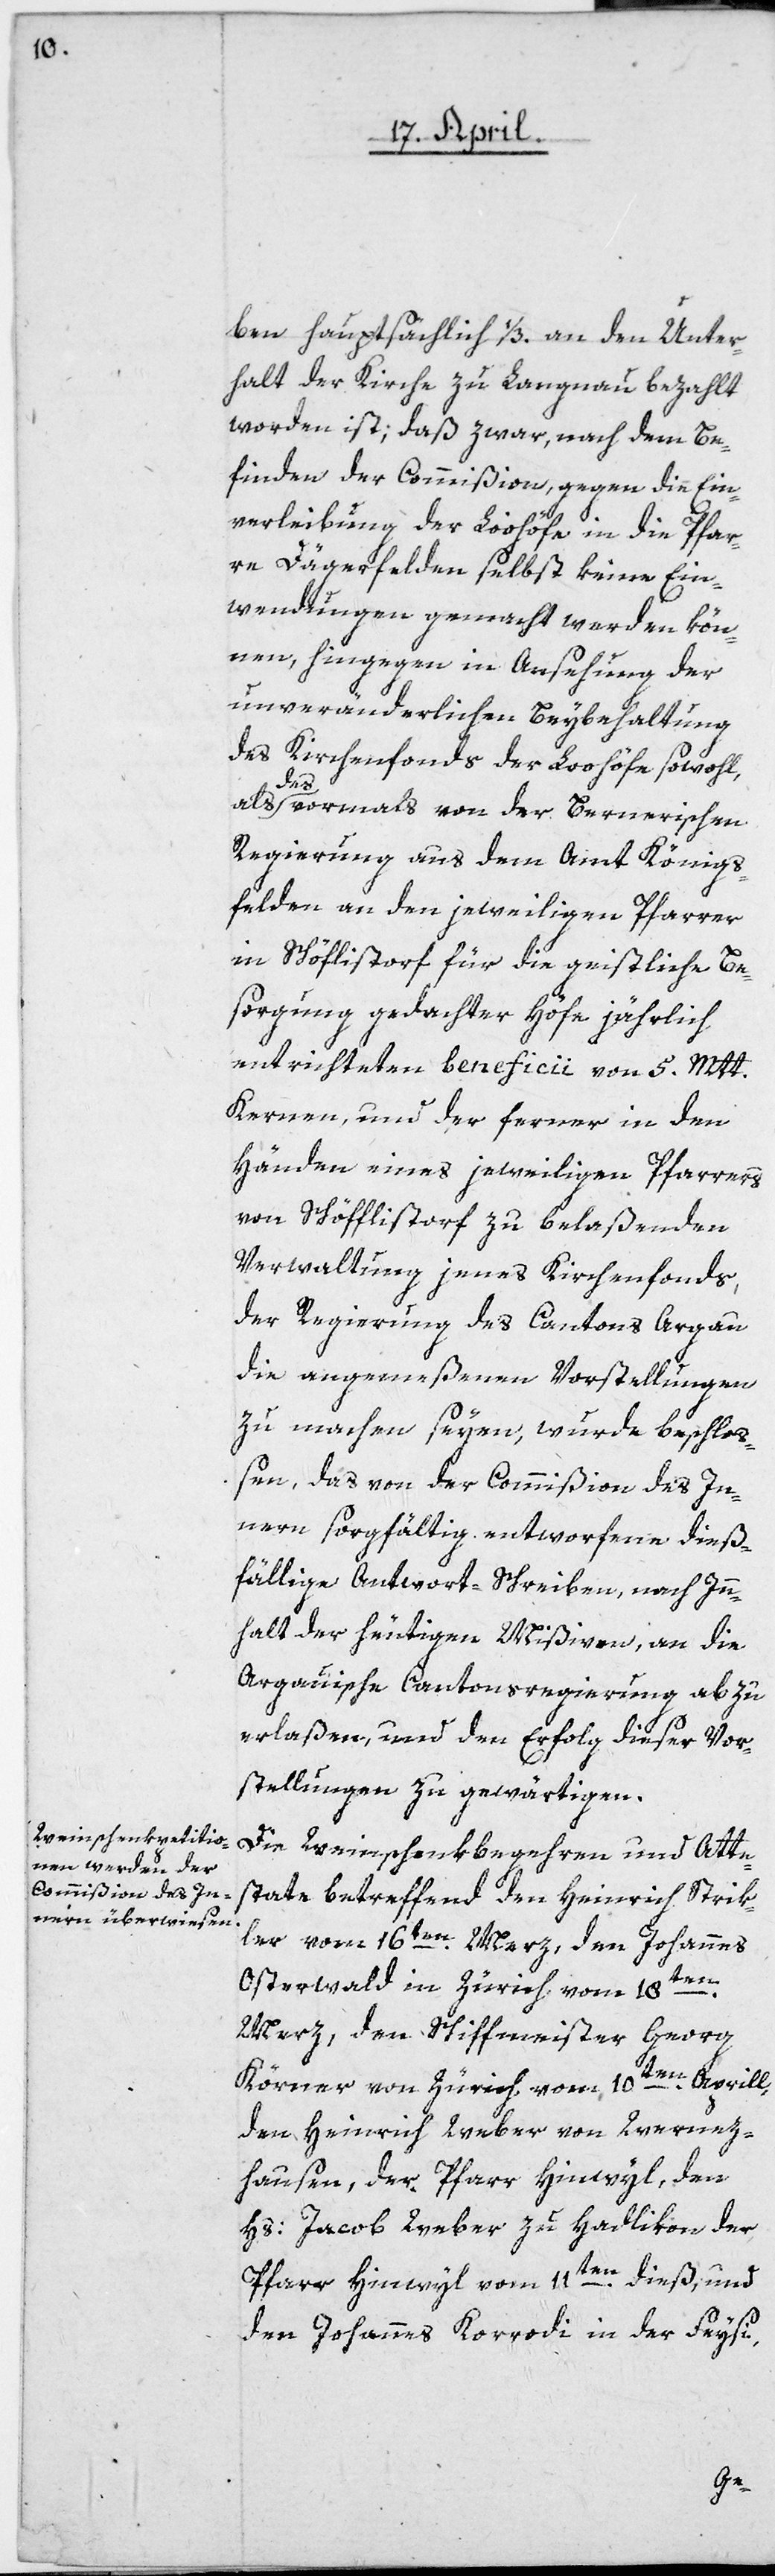
ben hauptsächlich 1/3. an den Unter¬
halt der Kirche zu Langnau bezahlt
worden ist, daß zwar, nach dem Be¬
finden der Commißion, gegen die Ein¬
verleibung der Loohöfe in die Pfar¬
re Dägerfelden selbst keine Ein¬
wendungen gemacht werden kön¬
nen, hingegen in Ansehung der
unveränderlichen Beybehaltung
des Kirchenfonds der Loohöfe sowohl,
das vormals von der Bernerischen
Regierung aus dem Amt Königs¬
felden an den jeweiligen Pfarrer
in Schöfflistorf für die geistliche Be¬
sorgung gedachter Höfe jährlich
entrichteten beneficii von 5. Mtt.
Kernen, und der ferner in den
Händen eines jeweiligen Pfarrers
von Schöfflistorf zu belaßenden
Verwaltung jenes Kirchenfonds,
der Regierung des Cantons Argau
die angemeßenen Vorstellungen
zu machen seyen, wurde beschlo¬
ßen, das von der Commißion des In¬
nern sorgfältig entworfene dieß¬
fällige Antwortschreiben, nach Inn¬
halt der heutigen Mißiven, an die
Argauische Cantonsregierung ab zu
erlaßen, und den Erfolg dieser Vor¬
stellungen zu gewärtigen.
Die Weinschenkbegehren und Atte¬
state betreffend den Heinrich Strik¬
ler vom 16ten Merz, den Johannes
Osterwald in Zürich vom 18ten
Merz, den Schiffmeister Georg
Körner von Zürich vom 10ten Aprill,
den Heinrich Weber von Wernez¬
hausen, der Pfarr Hinwyl, den
Hs: Jacob Weber zu Hadlikon, der
Pfarr Hinwyl, vom 11ten dieß, und
den Johannes Korrodi in der Feysi,